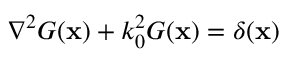
\nabla ^ { 2 } G ( \mathbf { x } ) + k _ { 0 } ^ { 2 } G ( \mathbf { x } ) = \delta ( \mathbf { x } )